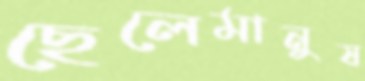
ছেলেমানুষ